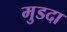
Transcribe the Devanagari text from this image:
मुडदा